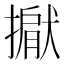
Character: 𢵐